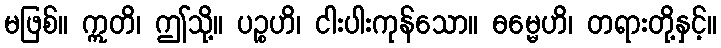
မဖြစ်။ ဣတိ၊ ဤသို့။ ပဉ္စဟိ၊ ငါးပါးကုန်သော။ ဓမ္မေဟိ၊ တရားတို့နှင့်။